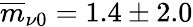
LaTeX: \overline{{m}}_{\nu 0}=1.4\pm 2.0